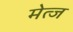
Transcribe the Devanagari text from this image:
मेत्ज